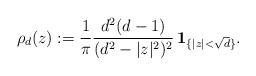
\begin{align*}\rho_d(z):=\frac{1}{\pi}\frac{d^2(d-1)}{(d^2-|z|^2)^2}\,\textbf{1}_{\{|z|<\sqrt{d}\}}.\end{align*}